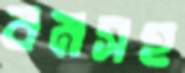
বমসহ